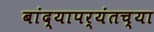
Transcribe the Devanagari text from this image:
बांद्यापर्यंतच्या